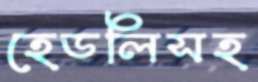
হেডলিসহ